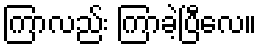
ကြာလည်း ကြာခဲ့ပြီလေ။